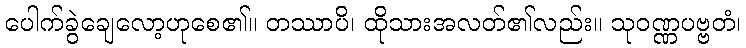
ပေါက်ခွဲချေလော့ဟုစေ၏။ တဿာပိ၊ ထိုသားအလတ်၏လည်း။ သုဝဏ္ဏပဗ္ဗတံ၊